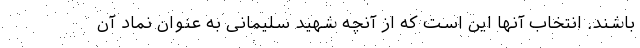
باشند. انتخاب آنها این است که از آنچه شهید سلیمانی به عنوان نماد آن